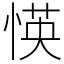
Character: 愥